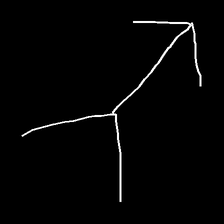
Glyph: gather